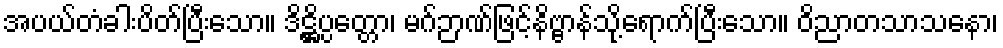
အပယ်တံခါးပိတ်ပြီးသော။ ဒိဋ္ဌိပ္ပတ္တော၊ မဂ်ဉာဏ်ဖြင့်နိဗ္ဗာန်သို့ရောက်ပြီးသော။ ဝိညာတသာသနော၊